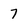
Character: 7